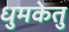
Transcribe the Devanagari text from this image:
धुमकेतु